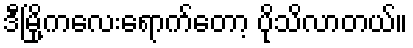
ဒီမြို့ကလေးရောက်တော့ ပိုသိလာတယ်။